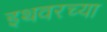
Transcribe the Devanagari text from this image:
इथवरच्या